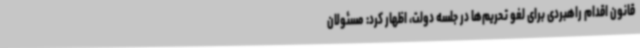
قانون اقدام راهبردی برای لغو تحریم‌ها در جلسه دولت، اظهار کرد: مسئولان